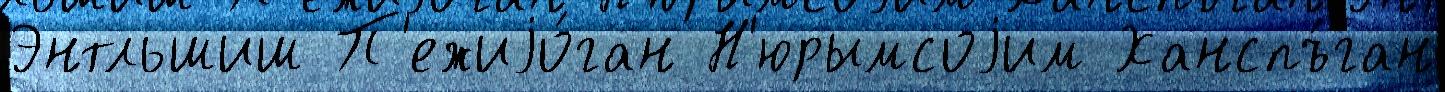
Энтльшиш П'ежиjо́ган Н'юрымсоjим Ханспъ́ган